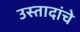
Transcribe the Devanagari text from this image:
उस्तादांचे